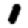
Digit: 1